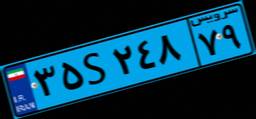
۸۵S۰۰۸۹۵